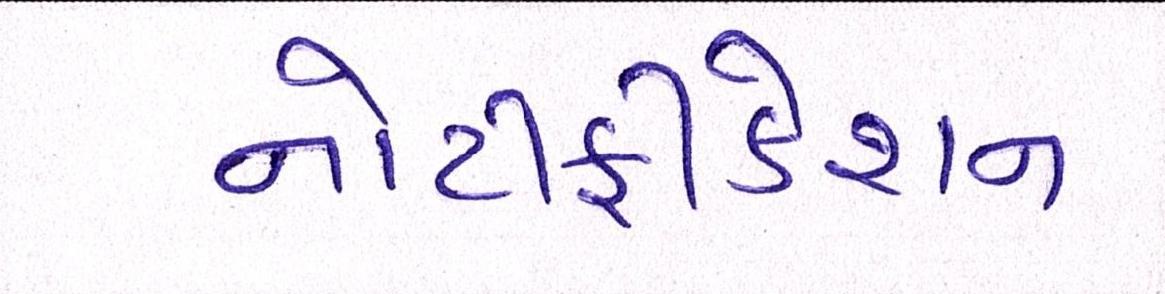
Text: નોટીફીકેશન